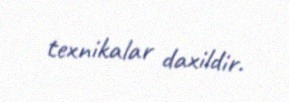
texnikalar daxildir.